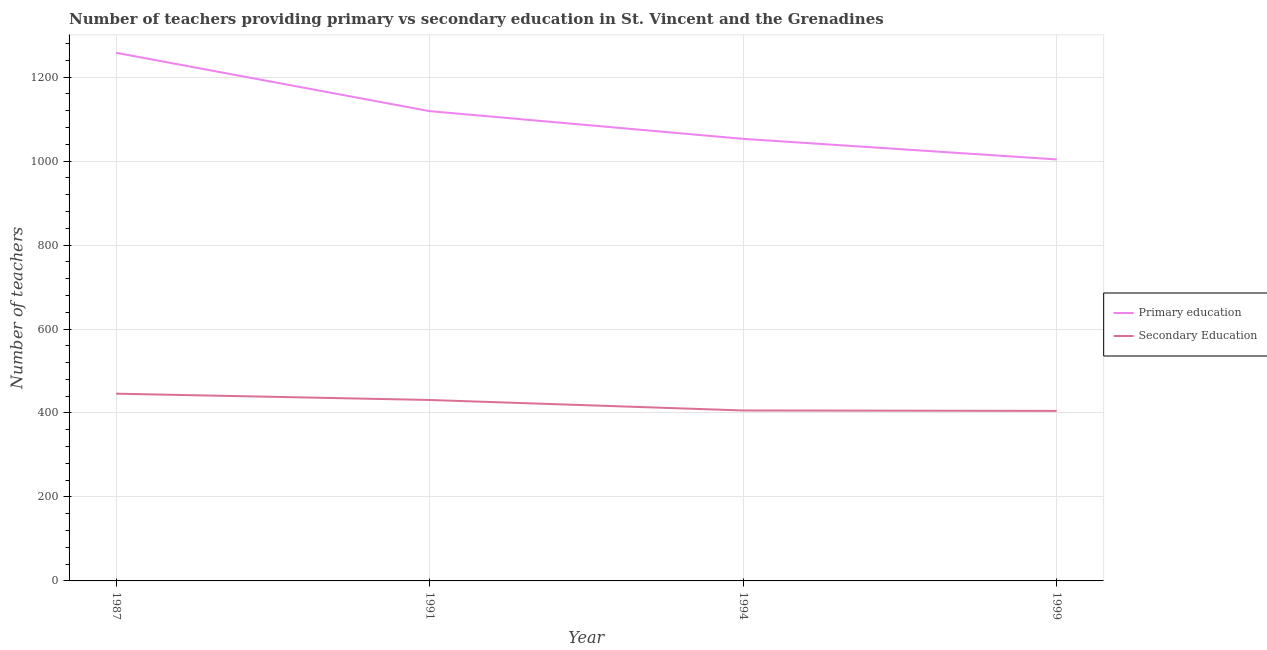
| Year | Primary education | Secondary Education |
 | --- | --- | --- |
 | 1987 | 1.26e+03 | 446 |
 | 1991 | 1.12e+03 | 431 |
 | 1994 | 1.05e+03 | 406 |
 | 1999 | 1e+03 | 405 |